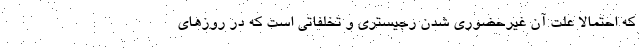
که احتمالاً علت آن غیرحضوری شدن رجیستری و تخلفاتی است که در روزهای